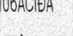
-